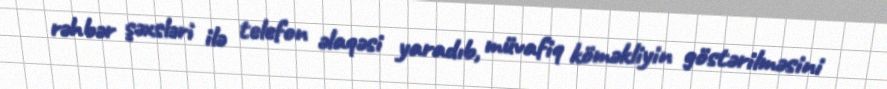
rəhbər şəxsləri ilə telefon əlaqəsi yaradıb, müvafiq köməkliyin göstərilməsini